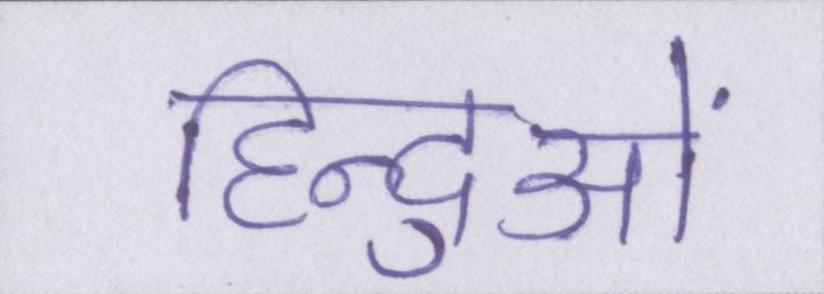
हिन्दुओं